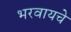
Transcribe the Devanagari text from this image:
भरवायचे